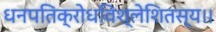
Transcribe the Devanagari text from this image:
धनपतिक्रोधविश्लेशितस्य।।